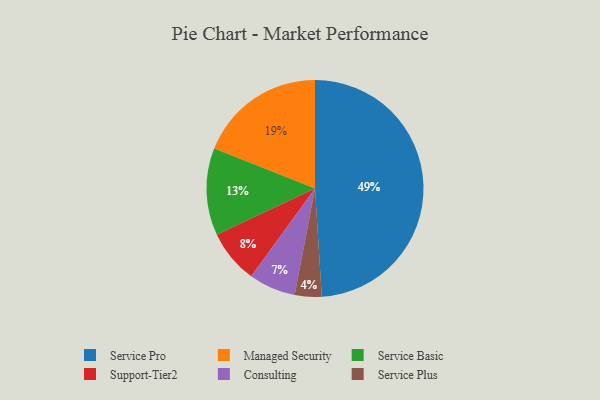
{"axis": {"x": "Category", "y": "Percentage"}, "legend": ["Consulting", "Managed Security", "Service Basic", "Service Plus", "Service Pro", "Support-Tier2"], "data": [{"x": "Service Basic", "y": 13, "type": "Service Basic"}, {"x": "Consulting", "y": 7, "type": "Consulting"}, {"x": "Service Plus", "y": 4, "type": "Service Plus"}, {"x": "Service Pro", "y": 49, "type": "Service Pro"}, {"x": "Managed Security", "y": 19, "type": "Managed Security"}, {"x": "Support-Tier2", "y": 8, "type": "Support-Tier2"}]}